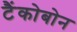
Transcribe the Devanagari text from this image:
टैंकोबोन